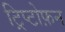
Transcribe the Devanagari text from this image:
ट्रिप्टोफ़न